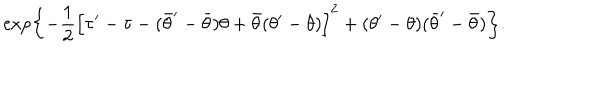
LaTeX: \exp \left\{ - \frac { 1 } { 2 } \Bigl [ \tau ^ { \prime } - \tau - ( \bar { \theta } ^ { \prime } - \bar { \theta } ) \theta + \bar { \theta } ( \theta ^ { \prime } - \theta ) \Bigr ] ^ { 2 } + ( \theta ^ { \prime } - \theta ) ( \bar { \theta } ^ { \prime } - \bar { \theta } ) \right\} .